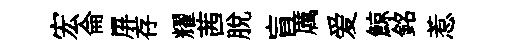
宏侖屏存耀茜脫盲厲爱鯨銘惹